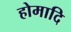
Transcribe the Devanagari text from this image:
होमादि